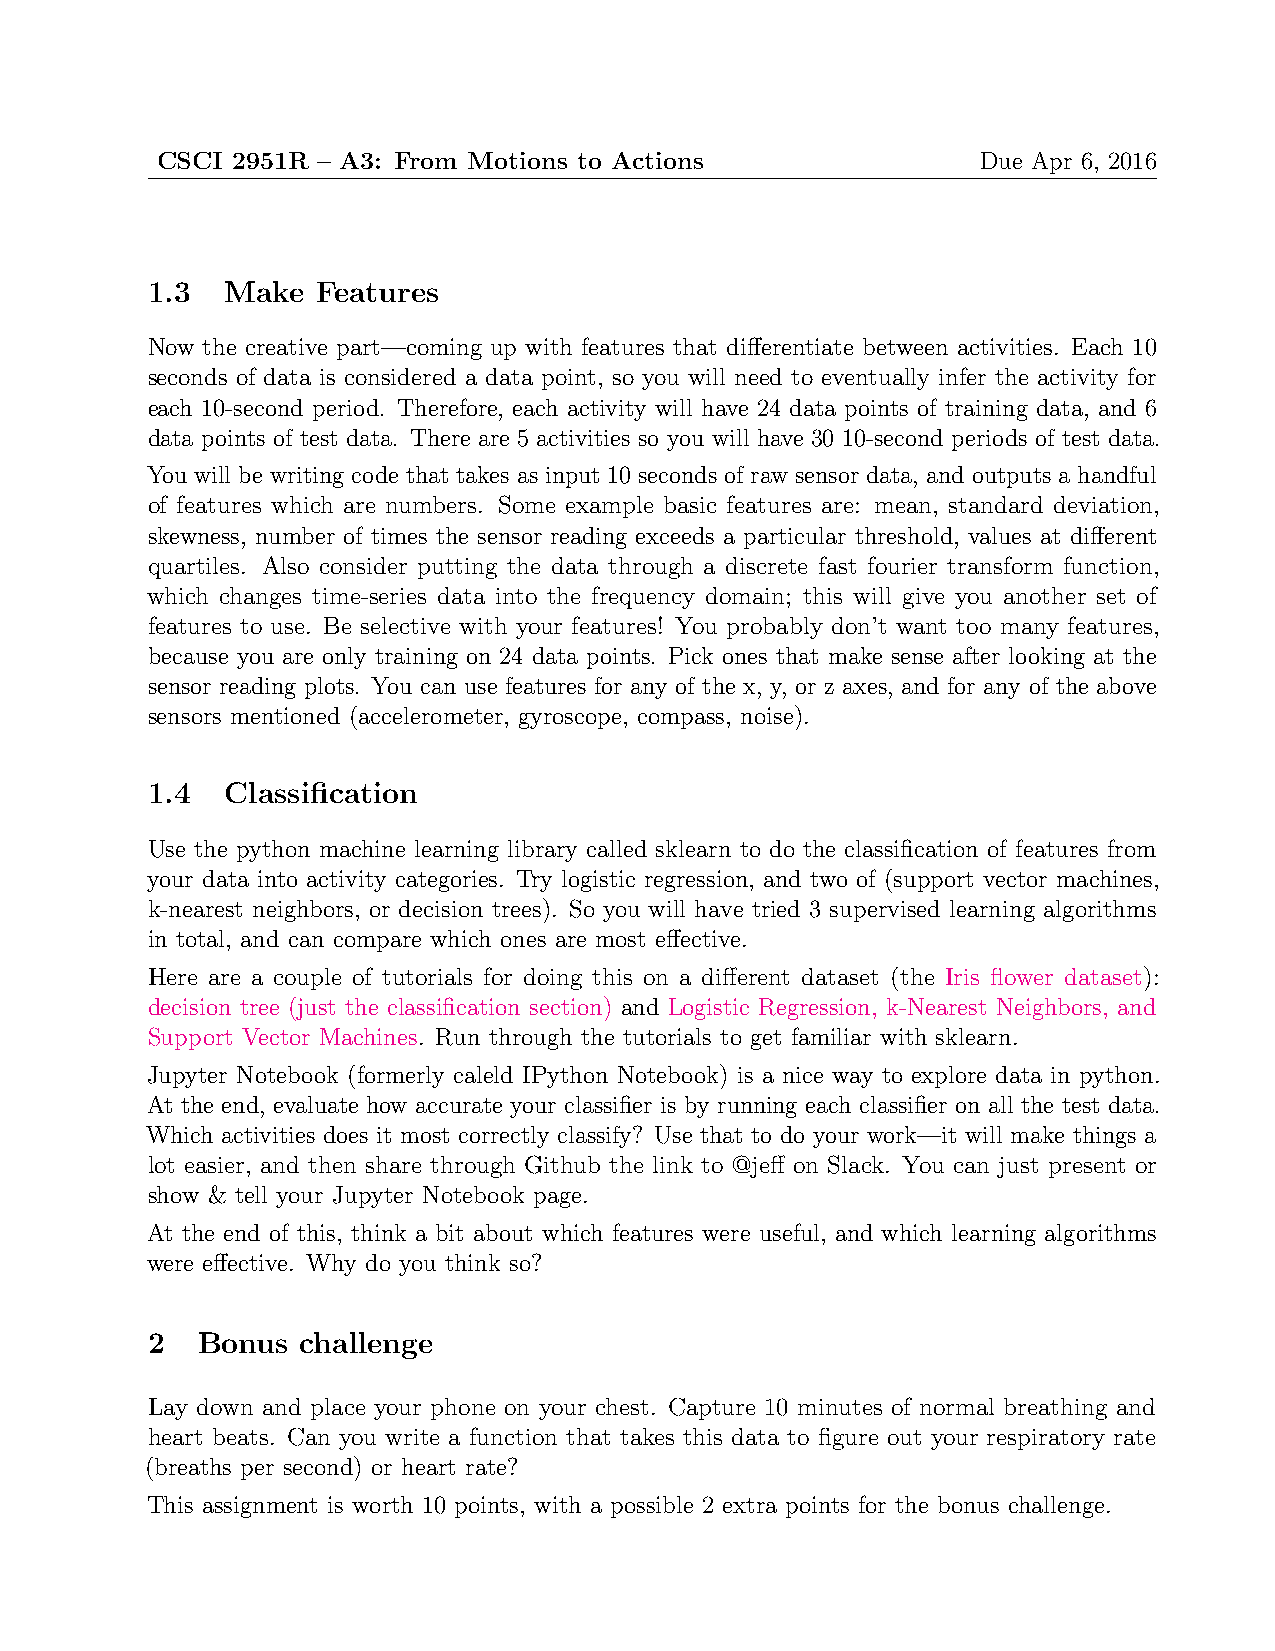
CSCI 2951R – A3: From Motions to Actions               Due Apr 6, 2016
 1.3  Make  Features
 Now the creative part—coming up with features that differentiate between activities. Each 10
 seconds of data is considered a data point, so you will need to eventually infer the activity for
 each 10-second period. Therefore, each activity will have 24 data points of training data, and 6
 data points of test data. There are 5 activities so you will have 30 10-second periods of test data.
 You will be writing code that takes as input 10 seconds of raw sensor data, and outputs a handful
 of features which are numbers. Some example basic features are: mean, standard deviation,
 skewness, number of times the sensor reading exceeds a particular threshold, values at different
 quartiles. Also consider putting the data through a discrete fast fourier transform function,
 which changes time-series data into the frequency domain; this will give you another set of
 features to use. Be selective with your features! You probably don’t want too many features,
 because you are only training on 24 data points. Pick ones that make sense after looking at the
 sensor reading plots. You can use features for any of the x, y, or z axes, and for any of the above
 sensors mentioned (accelerometer, gyroscope, compass, noise).
 1.4  Classification
 Use the python machine learning library called sklearn to do the classification of features from
 your data into activity categories. Try logistic regression, and two of (support vector machines,
 k-nearest neighbors, or decision trees). So you will have tried 3 supervised learning algorithms
 in total, and can compare which ones are most effective.
 Here are a couple of tutorials for doing this on a different dataset (the Iris flower dataset):
 decision tree (just the classification section) and Logistic Regression, k-Nearest Neighbors, and
 Support Vector Machines. Run through the tutorials to get familiar with sklearn.
 Jupyter Notebook (formerly caleld IPython Notebook) is a nice way to explore data in python.
 At the end, evaluate how accurate your classifier is by running each classifier on all the test data.
 Which activities does it most correctly classify? Use that to do your work—it will make things a
 lot easier, and then share through Github the link to @jeff on Slack. You can just present or
 show & tell your Jupyter Notebook page.
 At the end of this, think a bit about which features were useful, and which learning algorithms
 were effective. Why do you think so?
 2  Bonus  challenge
 Lay down and place your phone on your chest. Capture 10 minutes of normal breathing and
 heart beats. Can you write a function that takes this data to figure out your respiratory rate
 (breaths per second) or heart rate?
 This assignment is worth 10 points, with a possible 2 extra points for the bonus challenge.